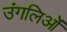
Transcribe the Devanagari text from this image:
उंगलिओं